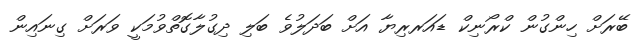
ބޭރަށް ހިންގުން ކްރޯނިކް ޑައަރރިޔާ އަށް ބަދަލުވެ ބަލި ދިގުލާގޮތްވުމަކީ ވަރަށް ގިނައިން